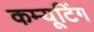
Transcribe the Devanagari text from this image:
कम्यूटिंग